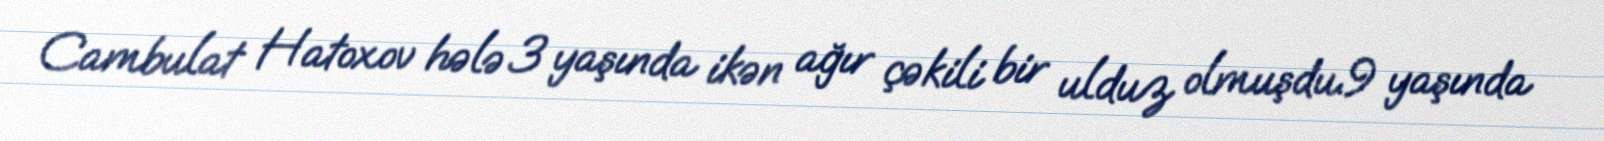
Cambulat Hatoxov hələ 3 yaşında ikən ağır çəkili bir ulduz olmuşdu.9 yaşında